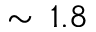
\sim \, 1 . 8